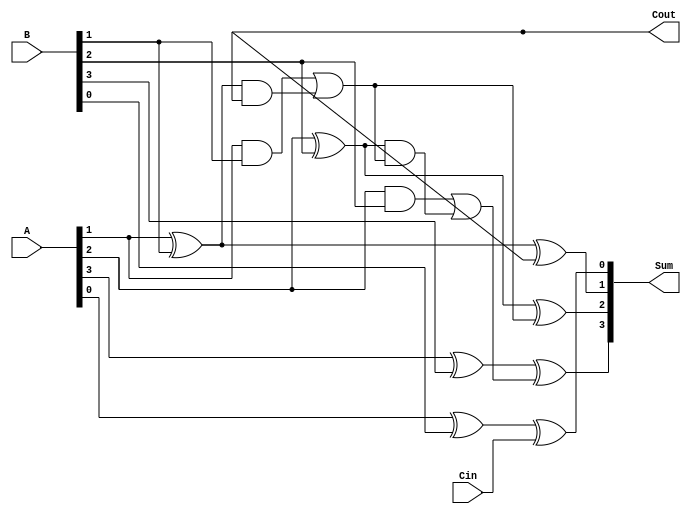
module CarryLookaheadAdder (
    input [3:0] A, B,  // 4-bit inputs A and B
    input Cin,         // Carry input
    output [3:0] Sum,  // 4-bit output Sum
    output Cout        // Carry output
);

assign Sum[0] = A[0] ^ B[0] ^ Cin;
assign Cout_g0 = A[0] & B[0] | (A[0] ^ B[0]) & Cin;
assign Cout_p0 = A[0] | B[0];
assign Cout[0] = Cout_g0;

assign Sum[1] = A[1] ^ B[1] ^ Cout_g0;
assign Cout_g1 = A[1] & B[1] | (A[1] ^ B[1]) & Cout_g0;
assign Cout_p1 = A[1] | B[1];
assign Cout[1] = Cout_g1 | Cout_p0 & Cout_p1;

assign Sum[2] = A[2] ^ B[2] ^ Cout_g1;
assign Cout_g2 = A[2] & B[2] | (A[2] ^ B[2]) & Cout_g1;
assign Cout_p2 = A[2] | B[2];
assign Cout[2] = Cout_g2 | Cout_p1 & Cout_p2;

assign Sum[3] = A[3] ^ B[3] ^ Cout_g2;
assign Cout[3] = A[3] & B[3] | (A[3] ^ B[3]) & Cout_g2;

assign Cout = Cout[3];

endmodule